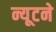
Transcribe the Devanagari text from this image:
न्यूटने